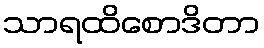
သာရထိစောဒိတာ